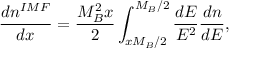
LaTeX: \frac { d n ^ { I M F } } { d x } = \frac { M _ { B } ^ { 2 } x } { 2 } \int _ { x M _ { B } / 2 } ^ { M _ { B } / 2 } \frac { d E } { E ^ { 2 } } \frac { d n } { d E } ,